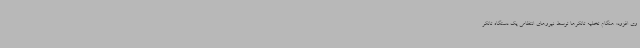
وی افزود: هنگام تخلیه تانکرها توسط نیروهای انتظامی یک دستگاه تانکر